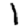
Digit: 1